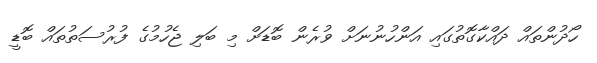
ހޯދުންތައް ދައްކާގޮތުގައި އަންހުނުނަށް ވުރެން ބޮޑަށް މި ބަލި ޖެހުމުގެ ފުރުސަތުތައް ބޮޑީ